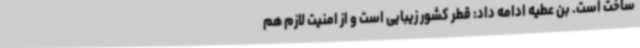
ساخت است. بن عطیه ادامه داد: قطر کشور زیبایی است و از امنیت لازم هم